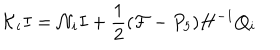
{ \cal K } _ { i } I = { \cal N } _ { i } I + \frac { 1 } { 2 } ( { \cal F } - P _ { 5 } ) H ^ { - 1 } Q _ { i }